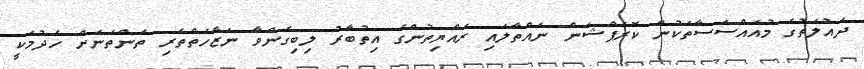
ދައުލަތުގެ މުއައްސަސާތަކުން ކޮރަޕްޝަން ނައްތާލައި ރައްޔިތުންގެ އިތުބާރު ލިބިގެންވާ ނަޒާހަތްތެރި ތަންތަނަށް ހެދުމަކީ